Civil Veterinary Dept. Bombay admin report 1914-1922 - 1914-1922
Year: 1914
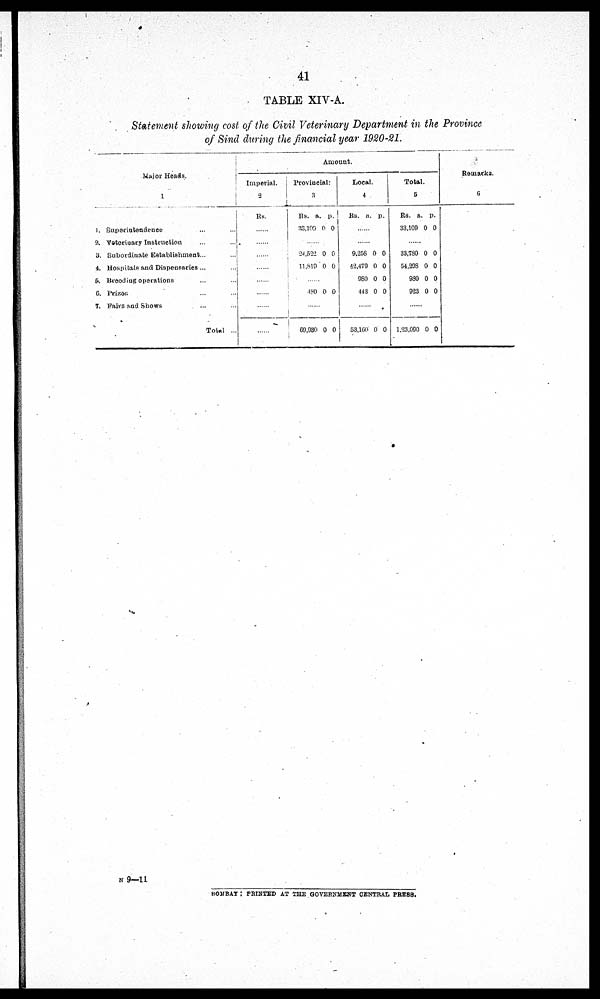
41
TABLE XIV-A.
Statement showing cost of the Civil Veterinary Department in the Province
of Sind during the financial year 1920-21.
Major Heads.
1
1. Superintendence ... ...
2. Veterinary Instruction ... ...
3. Subordinate Establishment... ...
4. Hospitals and Dispensaries ... ...
5. Breeding operations ... ...
6. Prizos. ... ...
7. Faira and Shows ... ...
Total ...
Amount.
Imperial.
2
Rs.
.......
......
......
......
......
......
......
Provincial.
3
Rs.
33,109
a.
0
p.
0
.......
24,522
11,819
0
0
0
0
......
480 0 0
......
69,930 0 0
Local.
4
Rs.
a. p.
......
......
9,258
42,479
980
443
0
0
0
0
0
0
0
0
......
53,160 0 0
Total.
5
Rs.
33,109
a.
0
p.
0
.......
33,780
54,298
980
923
0
0
0
0
0
0
0
0
......
1,23,090 0 0
Remarks.
6
N 9—11
BOMBAY : PRINTED AT THE GOVERNMENT CENTRAL PRESS.